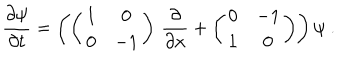
\frac { \partial \psi } { \partial t } = \left( \left( \begin{matrix} { { 1 } } & { { 0 } } \\ { { 0 } } & { { - 1 } } \\ \end{matrix} \right) \, \frac { \partial } { \partial x } + \left( \begin{matrix} { { 0 } } & { { - 1 } } \\ { { 1 } } & { { 0 } } \\ \end{matrix} \right) \right) \psi \ .